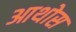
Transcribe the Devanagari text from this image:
आथोस